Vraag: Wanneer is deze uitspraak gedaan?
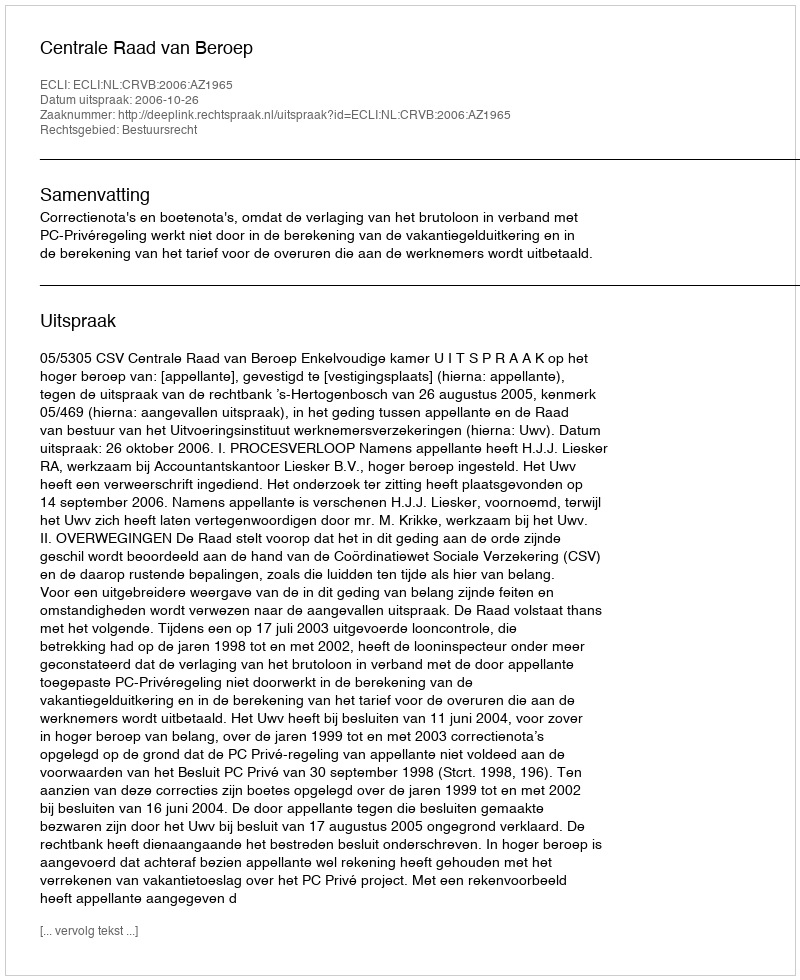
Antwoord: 2006-10-26